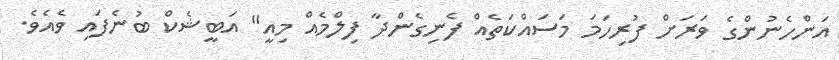
އަންހެނުންގެ ވަރަށް ފުރިހަމަ މަސައްކަތެއް ފެނިގެންދާ ފިލްމެއް މިއީ" އަބީޝެކް ބުނެފައި ވެއެވެ.